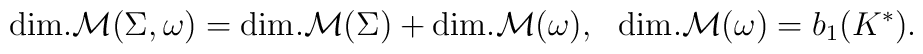
{\rm dim.} {\cal M}(\Sigma, \omega)={\rm dim.}{\cal M}(\Sigma) +{\rm dim.} {\cal M}(\omega),{}~~{\rm dim.}  {\cal M}(\omega)= b_1(K^\ast).